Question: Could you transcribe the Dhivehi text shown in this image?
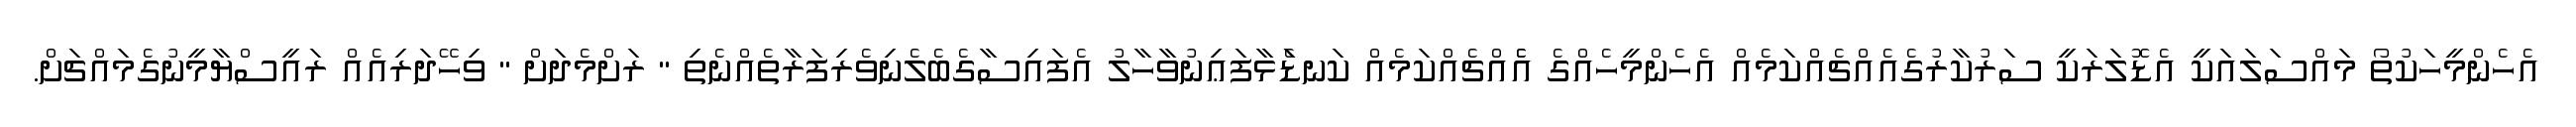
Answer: އެހެންމީހަކުތޯ މައްސަލައަކީ އެޑޮލަރަކީ ސަރުކާރުގެއެއްޗެއްކަމެއް އެހެންމީހެއްގެ އެެއްޗެއްކަމެއް ކަނޑަެަޅާފަޢިނުވާހާލު އެފައިސާގެބެލެނިވެރިފަރާތެއްނެތި " ރަށްމެދަށް " ވިހޭދަރިއެއް ރައީސްޔާމީނުގެމައްޗަށް.